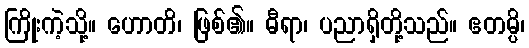
ကြိုးကဲ့သို့။ ဟောတိ၊ ဖြစ်၏။ ဓီရာ၊ ပညာရှိတို့သည်။ ဧတမ္ပိ၊